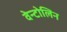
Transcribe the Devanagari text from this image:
वेन्टोलिन